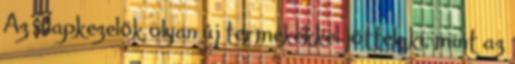
Az alapkezelők olyan új termékekkel jöttek ki, mint az